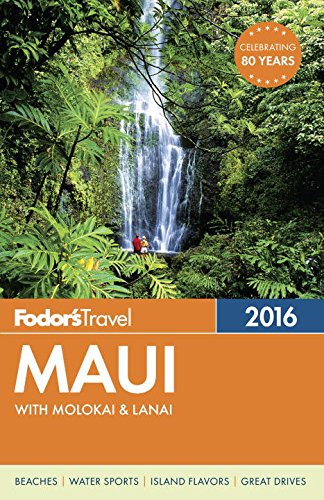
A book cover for Fodor's Maui 2016: with Molokai & Lanai (Full-color Travel Guide); Fodor's; Travel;